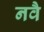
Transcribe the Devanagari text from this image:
नवै